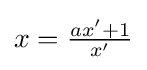
{\textstyle x={\frac {ax'+1}{x'}}}